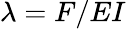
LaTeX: \lambda=F/EI